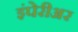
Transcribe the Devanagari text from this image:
इंपेरीअर